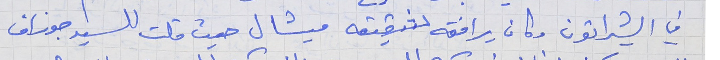
في الشيراتون وكان يرافقه شقيقه ميشال حيث قلت للسيد جوزاف